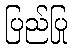
ပြည်ပြု